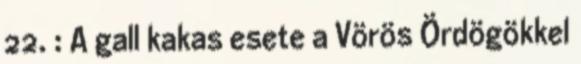
22. : A gall kakas esete a Vörös Ördögökkel